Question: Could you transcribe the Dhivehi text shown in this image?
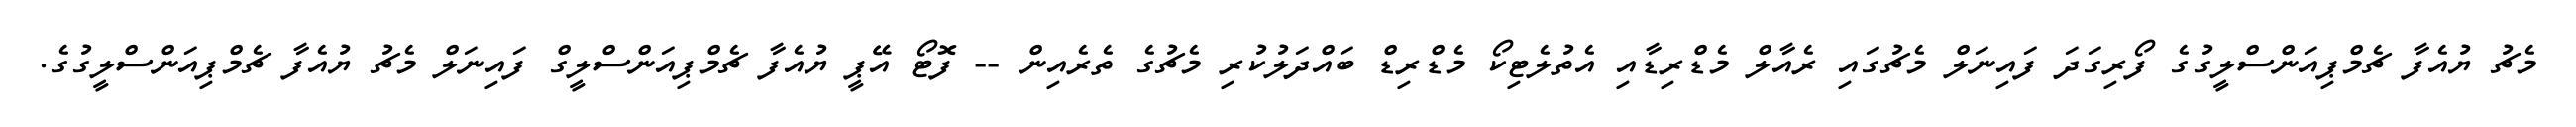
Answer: މެޗު ޔުއެފާ ޗެމްޕިއަންސްލީގުގެ ފޯރިގަދަ ފައިނަލް މެޗުގައި ރެއާލް މެޑްރިޑާއި އެތުލެޓިކޯ މެޑްރިޑް ބައްދަލުކުރި މެޗުގެ ތެރެއިން -- ފޮޓޯ އޭޕީ ޔުއެފާ ޗެމްޕިއަންސްލީގް ފައިނަލް މެޗު ޔުއެފާ ޗެމްޕިއަންސްލީގުގެ.